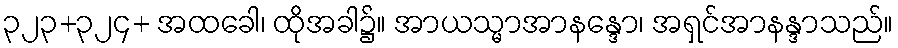
၃၂၃+၃၂၄+ အထခေါ၊ ထိုအခါ၌။ အာယသ္မာအာနန္ဒော၊ အရှင်အာနန္ဒာသည်။